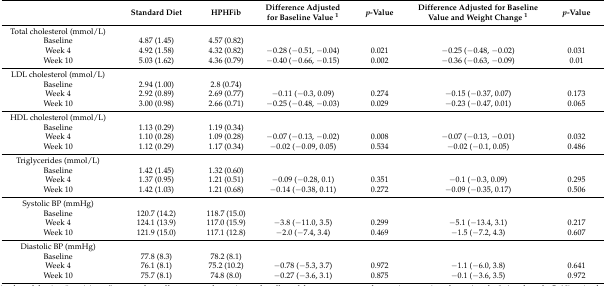
<table><thead><tr><td></td><td><b>Standard Diet</b></td><td><b>HPHFib</b></td><td><b>Difference Adjusted for Baseline Value <sup>1</sup></b></td><td><b><i>p</i>-Value</b></td><td><b>Difference Adjusted for Baseline Value and Weight Change <sup>1</sup></b></td><td><b><i>p</i>-Value</b></td></tr></thead><tbody><tr><td>Total cholesterol (mmol/L)</td><td></td><td></td><td></td><td></td><td></td><td></td></tr><tr><td>Baseline</td><td>4.87 (1.45)</td><td>4.57 (0.82)</td><td></td><td></td><td></td><td></td></tr><tr><td>Week 4</td><td>4.92 (1.58)</td><td>4.32 (0.82)</td><td>−0.28 (−0.51, −0.04)</td><td>0.021</td><td>−0.25 (−0.48, −0.02)</td><td>0.031</td></tr><tr><td>Week 10</td><td>5.03 (1.62)</td><td>4.36 (0.79)</td><td>−0.40 (−0.66, −0.15)</td><td>0.002</td><td>−0.36 (−0.63, −0.09)</td><td>0.01</td></tr><tr><td>LDL cholesterol (mmol/L)</td><td></td><td></td><td></td><td></td><td></td><td></td></tr><tr><td>Baseline</td><td>2.94 (1.00)</td><td>2.8 (0.74)</td><td></td><td></td><td></td><td></td></tr><tr><td>Week 4</td><td>2.92 (0.89)</td><td>2.69 (0.77)</td><td>−0.11 (−0.3, 0.09)</td><td>0.274</td><td>−0.15 (−0.37, 0.07)</td><td>0.173</td></tr><tr><td>Week 10</td><td>3.00 (0.98)</td><td>2.66 (0.71)</td><td>−0.25 (−0.48, −0.03)</td><td>0.029</td><td>−0.23 (−0.47, 0.01)</td><td>0.065</td></tr><tr><td>HDL cholesterol (mmol/L)</td><td></td><td></td><td></td><td></td><td></td><td></td></tr><tr><td>Baseline</td><td>1.13 (0.29)</td><td>1.19 (0.34)</td><td></td><td></td><td></td><td></td></tr><tr><td>Week 4</td><td>1.10 (0.28)</td><td>1.09 (0.28)</td><td>−0.07 (−0.13, −0.02)</td><td>0.008</td><td>−0.07 (−0.13, −0.01)</td><td>0.032</td></tr><tr><td>Week 10</td><td>1.12 (0.29)</td><td>1.17 (0.34)</td><td>−0.02 (−0.09, 0.05)</td><td>0.534</td><td>−0.02 (−0.1, 0.05)</td><td>0.486</td></tr><tr><td>Triglycerides (mmol/L)</td><td></td><td></td><td></td><td></td><td></td><td></td></tr><tr><td>Baseline</td><td>1.42 (1.45)</td><td>1.32 (0.60)</td><td></td><td></td><td></td><td></td></tr><tr><td>Week 4</td><td>1.37 (0.95)</td><td>1.21 (0.51)</td><td>−0.09 (−0.28, 0.1)</td><td>0.351</td><td>−0.1 (−0.3, 0.09)</td><td>0.295</td></tr><tr><td>Week 10</td><td>1.42 (1.03)</td><td>1.21 (0.68)</td><td>−0.14 (−0.38, 0.11)</td><td>0.272</td><td>−0.09 (−0.35, 0.17)</td><td>0.506</td></tr><tr><td>Systolic BP (mmHg)</td><td></td><td></td><td></td><td></td><td></td><td></td></tr><tr><td>Baseline</td><td>120.7 (14.2)</td><td>118.7 (15.0)</td><td></td><td></td><td></td><td></td></tr><tr><td>Week 4</td><td>124.1 (13.9)</td><td>117.0 (15.9)</td><td>−3.8 (−11.0, 3.5)</td><td>0.299</td><td>−5.1 (−13.4, 3.1)</td><td>0.217</td></tr><tr><td>Week 10</td><td>121.9 (15.0)</td><td>117.1 (12.8)</td><td>−2.0 (−7.4, 3.4)</td><td>0.469</td><td>−1.5 (−7.2, 4.3)</td><td>0.607</td></tr><tr><td>Diastolic BP (mmHg)</td><td></td><td></td><td></td><td></td><td></td><td></td></tr><tr><td>Baseline</td><td>77.8 (8.3)</td><td>78.2 (8.1)</td><td></td><td></td><td></td><td></td></tr><tr><td>Week 4</td><td>76.1 (8.1)</td><td>75.2 (10.2)</td><td>−0.78 (−5.3, 3.7)</td><td>0.972</td><td>−1.1 (−6.0, 3.8)</td><td>0.641</td></tr><tr><td>Week 10</td><td>75.7 (8.1)</td><td>74.8 (8.0)</td><td>−0.27 (−3.6, 3.1)</td><td>0.875</td><td>−0.1 (−3.6, 3.5)</td><td>0.972</td></tr></tbody></table>